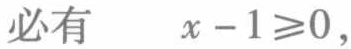
必有\(x - 1\geqslant0\)，